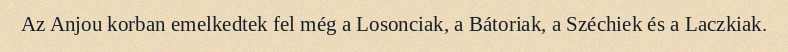
Az Anjou korban emelkedtek fel még a Losonciak, a Bátoriak, a Széchiek és a Laczkiak.